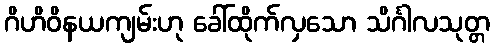
ဂိဟိဝိနယကျမ်းဟု ခေါ်ထိုက်လှသော သိင်္ဂါလသုတ္တ